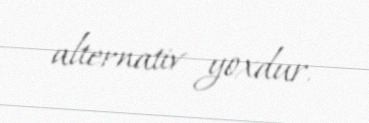
alternativ yoxdur.